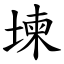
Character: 堜